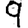
Digit: 9